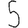
Digit: 5